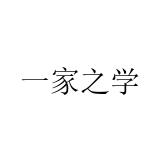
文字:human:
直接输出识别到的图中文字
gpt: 一家之学